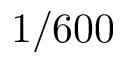
1 / 6 0 0